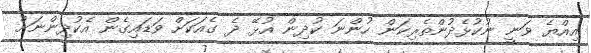
އިއްޔެ ވަނީ ނުކުޅެދުންތެރިކަން ހުންނަ ކުދިން އުޅޭ ދެ ގެއަކަށް ވަޑައިގެން އެކުދިންނަށް